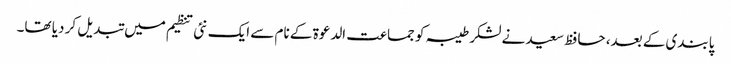
پابندی کے بعد، حافظ سعید نے لشکر طیبہ کو جماعت الدعوة کے نام سے ایک نئی تنظیم میں تبدیل کر دیا تھا۔